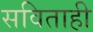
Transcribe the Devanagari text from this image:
सविताही